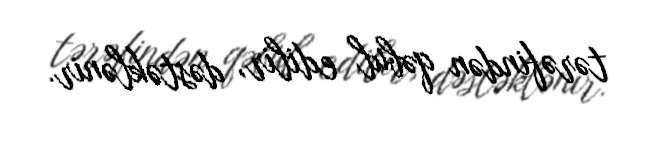
tərəfindən qəbul edilir, dəstəklənir.